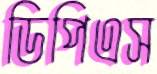
ডিপিএস